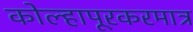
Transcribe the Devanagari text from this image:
कोल्हापूरकरमात्र